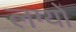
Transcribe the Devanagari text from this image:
लग्यों